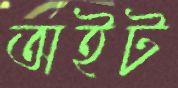
অইট